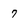
Character: 7